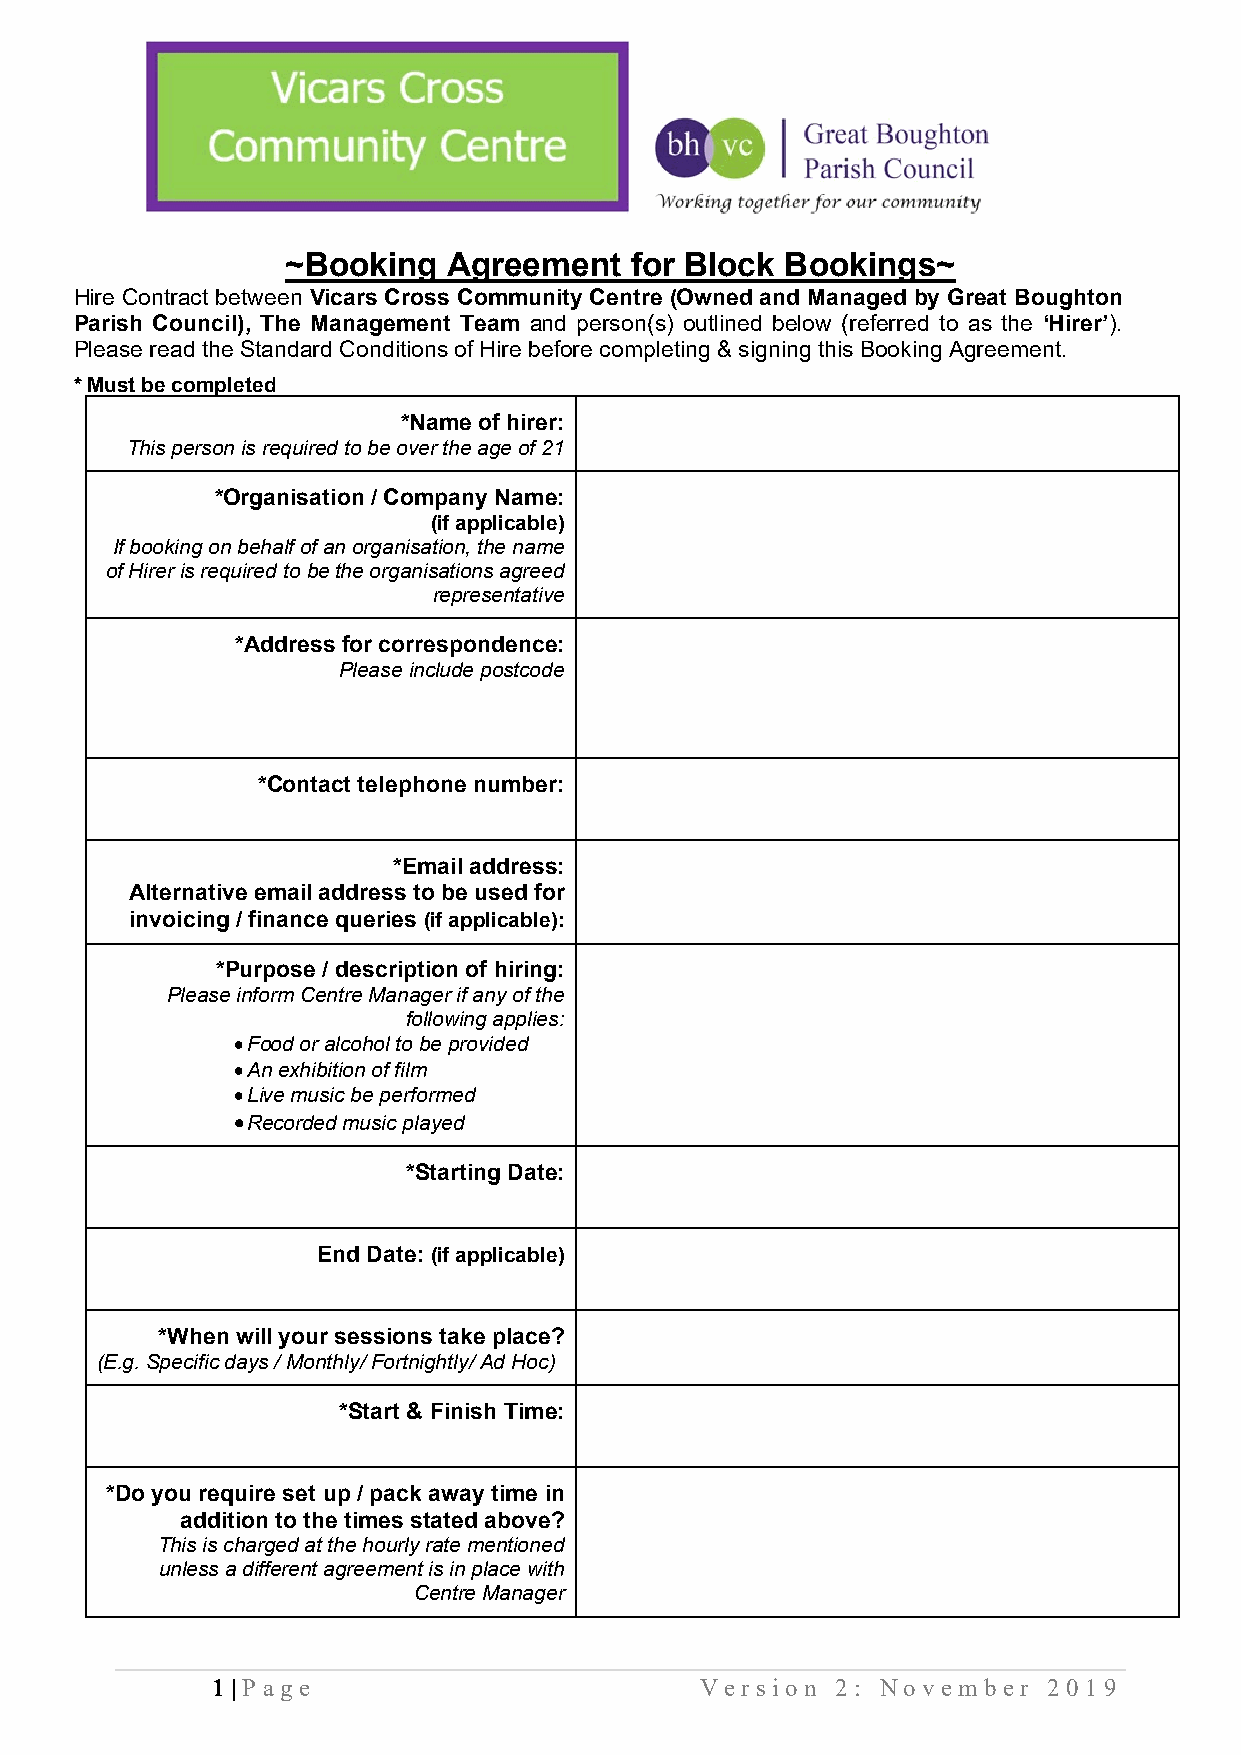
~Booking   Agreement   for Block Bookings~
 Hire Contract between Vicars Cross Community Centre (Owned and Managed by Great Boughton
 Parish Council), The Management Team and person(s) outlined below (referred to as the ‘Hirer’).
 Please read the Standard Conditions of Hire before completing & signing this Booking Agreement.
 * Must be completed
 *Name of hirer:
 This person is required to be over the age of 21
 *Organisation / Company Name:
 (if applicable)
 If booking on behalf of an organisation, the name
 of Hirer is required to be the organisations agreed
 representative
 *Address for correspondence:
 Please include postcode
 *Contact telephone number:
 *Email address:
 Alternative email address to be used for
 invoicing / finance queries (if applicable):
 *Purpose / description of hiring:
 Please inform Centre Manager if any of the
 following applies:
 • Food or alcohol to be provided
 • An exhibition of film
 • Live music be performed
 • Recorded music played
 *Starting Date:
 End Date: (if applicable)
 *When will your sessions take place?
 (E.g. Specific days / Monthly/ Fortnightly/ Ad Hoc)
 *Start & Finish Time:
 *Do you require set up / pack away time in
 addition to the times stated above?
 This is charged at the hourly rate mentioned
 unless a different agreement is in place with
 Centre Manager
 1 | Pa ge                       Ve r s ion 2: Nove m ber 2019